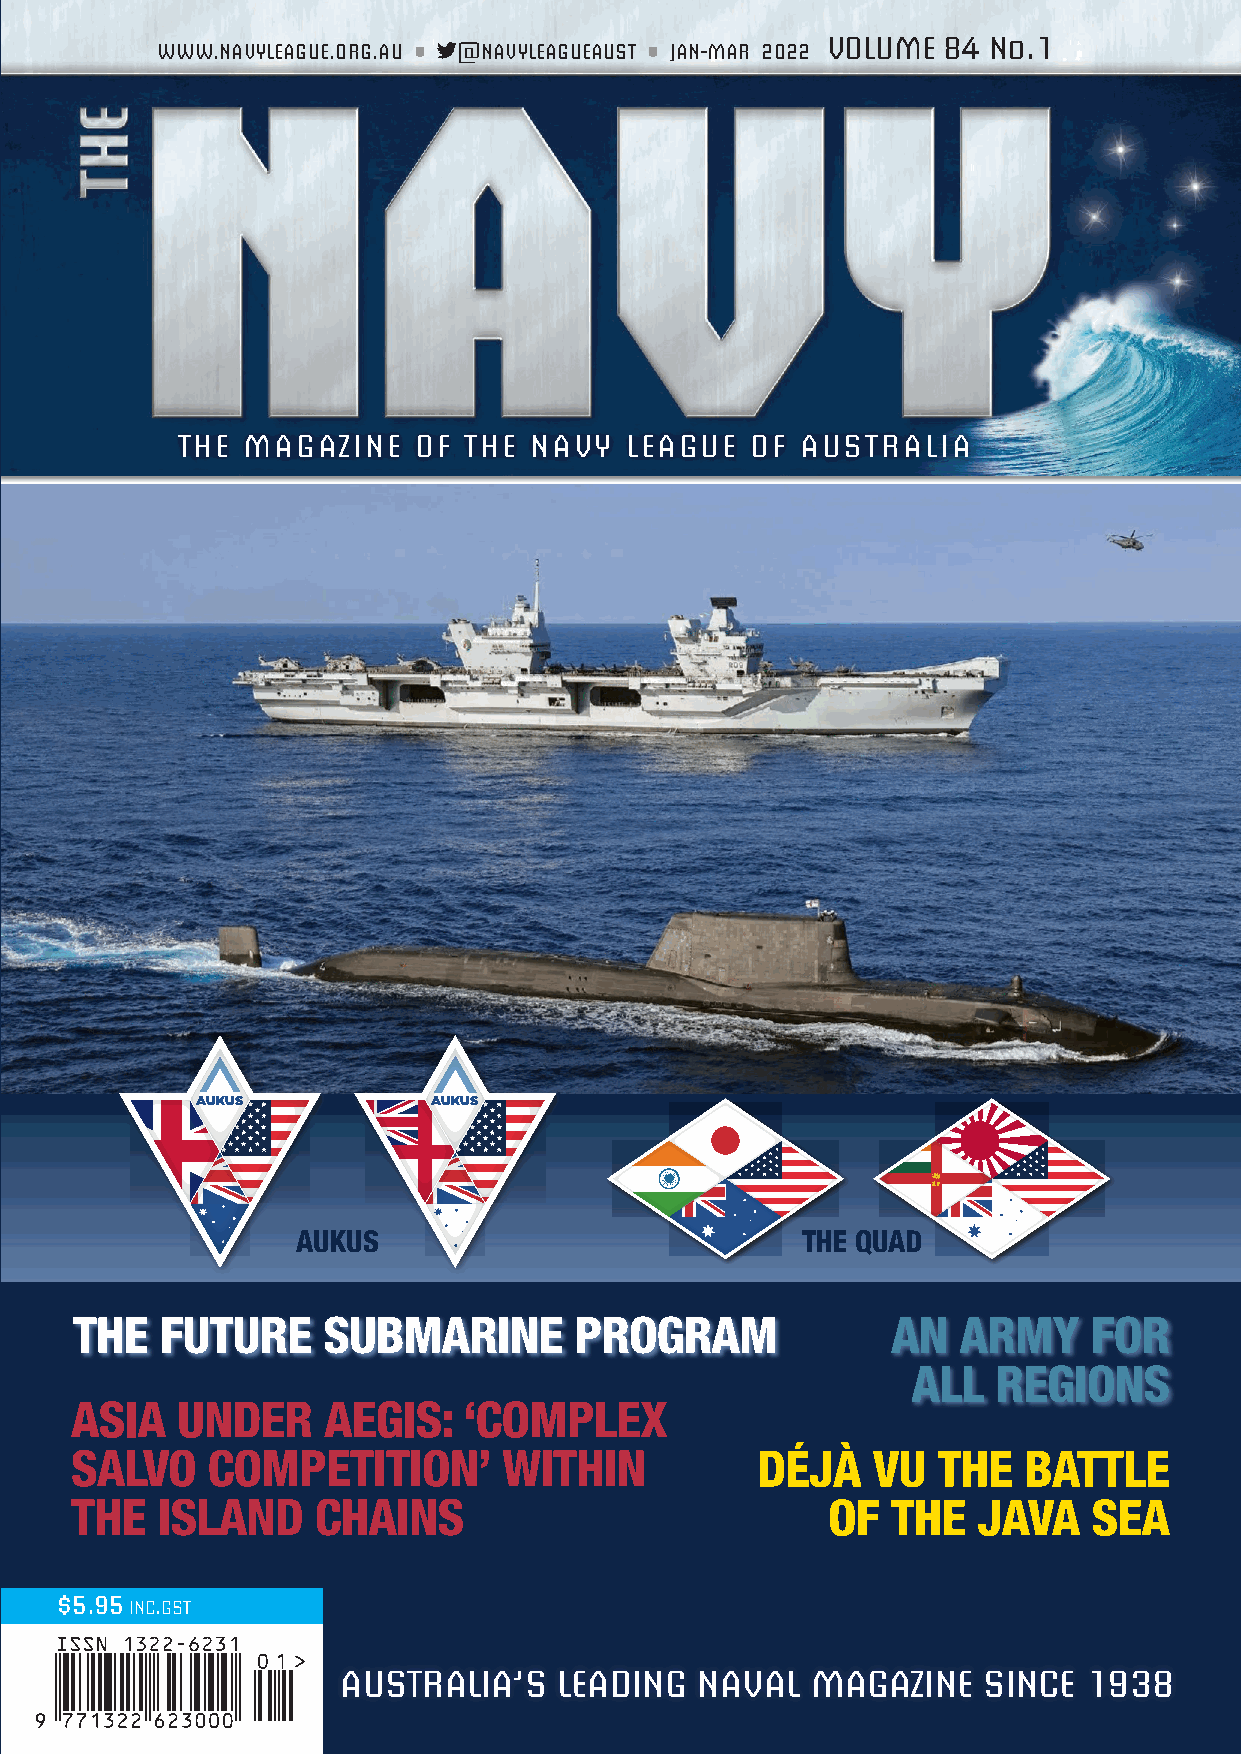
VOLUME 84 No.1
 WWW.NAVYLEAGUE.ORG.AU • @NAVYLEAGUEAUST • JAN-MAR 2022
 THE MAGAZINE   OF  THE NAVY  LEAGUE   OF AUSTRALIA
 AUKUS           AUKUS
 AUKUS                            THE QUAD
 THE   FUTURE    SUBMARINE        PROGRAM              AN  ARMY     FOR
 ALL   REGIONS
 ASIA   UNDER    AEGIS:    ‘COMPLEX
 SALVO    COMPETITION’       WITHIN           DÉJÀ    VU  THE   BATTLE
 THE  ISLAND     CHAINS                            OF  THE   JAVA   SEA
 $5.95 INC.GST
 AUSTRALIA’S   LEADING  NAVAL   MAGAZINE   SINCE  1938